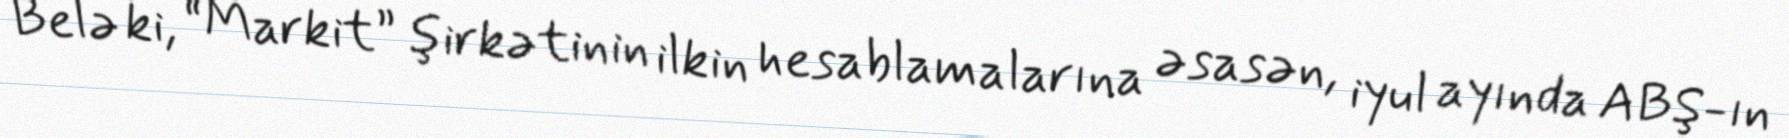
Belə ki, “Markit” şirkətinin ilkin hesablamalarına əsasən, iyul ayında ABŞ-ın